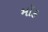
મૉક